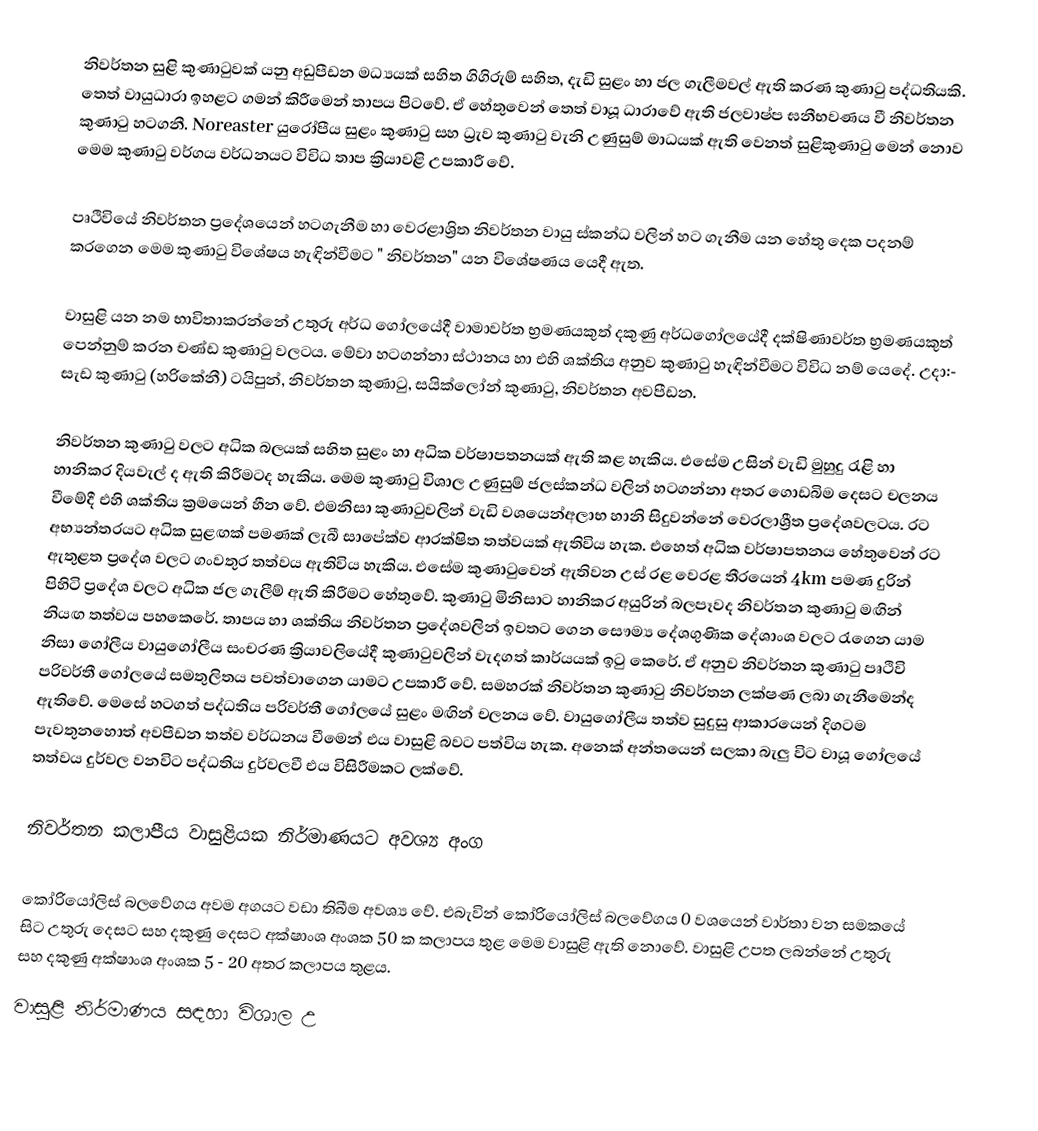
නිවර්තන සුළි කුණාටුවක් යනු අඩුපීඩන මධ්‍යයක් සහිත ගිගිරුම් සහිත, දැඩි සුළං හා ජල ගැලීමවල් ඇති කරණ කුණාටු පද්ධතියකි. තෙත් වායුධාරා ඉහළට ගමන් කිරීමෙන් තාපය පිටවේ. ඒ හේතුවෙන් තෙත් වායූ ධාරාවේ ඇති ජලවාෂ්ප ඝනීභවණය වී නිවර්තන කුණාටු හටගනී. Noreaster යුරෝපීය සුළං කුණාටු සහ ධ්‍රැව කුණාටු වැනි උණුසුම් මාධයක් ඇති වෙනත් සුළිකුණාටු මෙන් නොව මෙම කුණාටු වර්ගය වර්ධනයට විවිධ තාප ක්‍රියාවළි උපකාරී වේ.

පෘථිවියේ නිවර්තන ප්‍රදේශයෙන් හටගැනීම හා වෙරළාශ්‍රිත නිවර්තන වායු ස්කන්ධ වලින් හට ගැනීම යන හේතු දෙක පදනම් කරගෙන මෙම කුණාටු  විශේෂය හැඳින්වීමට " නිවර්තන" යන විශේෂණය  යෙදී ඇත.

වාසුළි යන නම භාවිතාකරන්නේ උතුරු අර්ධ ගෝලයේදී වාමාවර්ත භ්‍රමණයකුත් දකුණු අර්ධගෝලයේදී දක්ෂිණාවර්ත භ්‍රමණයකුත් පෙන්නුම් කරන චණ්ඩ කුණාටු වලටය. මේවා හටගන්නා ස්ථානය හා එහි ශක්තිය අනුව කුණාටු හැඳින්වීමට විවිධ නම් යෙදේ. උදා:- සැඩ කුණාටු (හරිකේනී) ටයිපුන්, නිවර්තන කුණාටු, සයික්ලෝන් කුණාටු, නිවර්තන අවපීඩන.

නිවර්තන කුණාටු වලට අධික බලයක් සහිත සුළං හා අධික වර්ෂාපතනයක් ඇති කළ හැකිය. එසේම උසින් වැඩි මුහුදු ‍රැළි හා හානිකර දියවැල් ද ඇති කිරීමටද හැකිය. මෙම කුණාටු විශාල උණුසුම් ජලස්කන්ධ වලින් හටගන්නා අතර ගොඩබිම දෙසට චලනය වීමේදී එහි ශක්තිය ක්‍රමයෙන් හීන වේ. එමනිසා කුණාටුවලින් වැඩි වශයෙන්අලාභ හානි සිදුවන්නේ වෙරලාශ්‍රීත ප්‍රදේශවලටය. රට අභ්‍යන්තරයට අධික සුළඟක් පමණක් ලැබී සාපේක්ව ආරක්ෂිත තත්වයක් ඇතිවිය හැක. එහෙත් අධික වර්ෂාපතනය හේතුවෙන් රට ඇතුළත ප්‍රදේශ වලට ගංවතුර තත්වය ඇතිවිය හැකිය. එසේම  කුණාටු‍වෙන් ඇතිවන උස් රළ වෙරළ තීරයෙන් 4km පමණ දුරින් පිහිටි ප්‍රදේශ වලට අධික ජල ගැලීම් ඇති කිරීමට හේතුවේ. කුණාටු මිනිසාට හානිකර අයුරින් බලපෑවද නිවර්තන කුණාටු මඟින් නියඟ තත්වය පහකෙරේ. තාපය හා ශක්තිය නිවර්තන ප්‍රදේශවලින් ඉවතට ගෙන සෞම්‍ය දේශගුණික දේශාංශ වලට රැගෙන යාම නිසා  ගෝලීය වායුගෝලීය සංචරණ ක්‍රියාවලියේදී කුණාටුවලින් වැදගත් කාර්යයක් ඉටු කෙරේ. ඒ අනුව නිවර්තන කුණාටු පෘථිවි පරිවර්තී ගෝලයේ සමතුලිතය පවත්වාගෙන යාමට උපකාරී වේ. සමහරක් නිවර්තන කුණාටු නිවර්තන ලක්ෂණ ලබා ගැනීමෙන්ද ඇතිවේ. මෙසේ හටගත් පද්ධතිය පරිවර්තී ගෝලයේ සුළං මඟින් චලනය වේ. වායුගෝලීය තත්ව සුදුසු ආකාරයෙන් දිගටම පැවතුනහොත් අවපීඩන තත්ව වර්ධනය වීමෙන් එය වාසුළි බවට පත්විය හැක. අනෙක් අන්තයෙන් සලකා බැලු විට වායූ ගෝලයේ තත්වය දුර්වල වනවිට පද්ධතිය දුර්වලවී එය විසිරීමකට ලක්වේ.

නිවර්තන කලාපීය වාසුළියක නිර්මාණයට අවශ්‍ය අංග

   කෝරියෝලිස් බලවේගය අවම අගයට වඩා තිබීම අවශ්‍ය වේ. එබැවින් කෝරියෝලිස් බලවේගය 0 වශයෙන් වාර්තා වන සමකයේ සිට උතුරු දෙසට සහ දකුණු දෙසට අක්ෂාංශ අංශක 50 ක කලාපය තුළ මෙම වාසුළි ඇති නොවේ. වාසුළි උපත ලබන්නේ උතුරු සහ දකුණු අක්ෂාංශ අංශක 5 - 20 අතර කලාපය තුළය.
   වාසුළි නිර්මාණය සඳහා විශාල උ